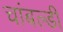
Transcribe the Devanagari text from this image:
चांबल्डी